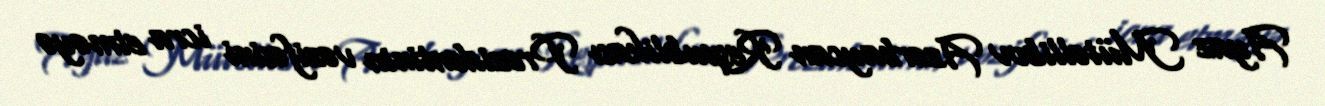
Ayaz Mütəllibov Azərbaycan Respublikası Prezidentinin vəzifəsini icra etməyə